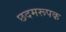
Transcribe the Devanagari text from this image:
छदमरूपक